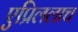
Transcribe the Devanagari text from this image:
एप्रिललाच